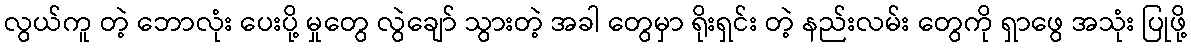
လွယ်ကူ တဲ့ ဘောလုံး ပေးပို့ မှုတွေ လွဲချော် သွားတဲ့ အခါ တွေမှာ ရိုးရှင်း တဲ့ နည်းလမ်း တွေကို ရှာဖွေ အသုံး ပြုဖို့